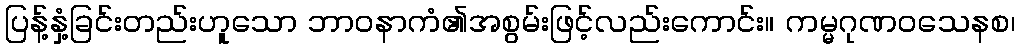
ပြန့်နှံ့ခြင်းတည်းဟူသော ဘာဝနာကံ၏အစွမ်းဖြင့်လည်းကောင်း။ ကမ္မဂုဏဝသေနစ၊